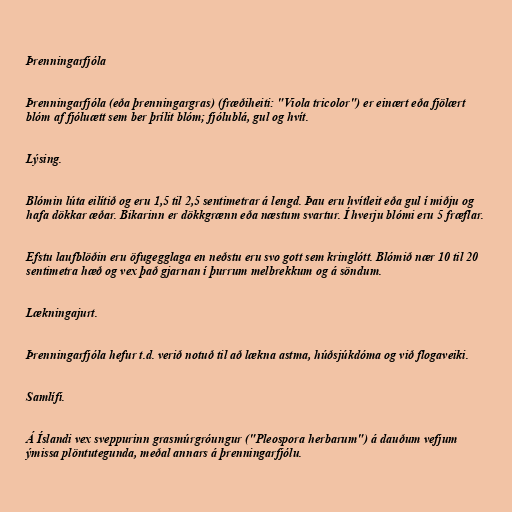
Þrenningarfjóla

Þrenningarfjóla (eða þrenningargras) (fræðiheiti: "Viola tricolor") er einært eða fjölært
blóm af fjóluætt sem ber þrílit blóm; fjólublá, gul og hvít.

Lýsing.

Blómin lúta eilítið og eru 1,5 til 2,5 sentimetrar á lengd. Þau eru hvítleit eða gul í miðju og
hafa dökkar æðar. Bikarinn er dökkgrænn eða næstum svartur. Í hverju blómi eru 5 fræflar.

Efstu laufblöðin eru öfugegglaga en neðstu eru svo gott sem kringlótt. Blómið nær 10 til 20
sentimetra hæð og vex það gjarnan í þurrum melbrekkum og á söndum.

Lækningajurt.

Þrenningarfjóla hefur t.d. verið notuð til að lækna astma, húðsjúkdóma og við flogaveiki.

Samlífi.

Á Íslandi vex sveppurinn grasmúrgróungur ("Pleospora herbarum") á dauðum vefjum
ýmissa plöntutegunda, meðal annars á þrenningarfjólu.